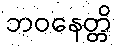
ဘဝနေတ္တိ